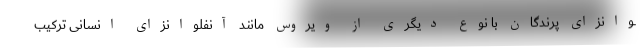
ـوانزای پرندگان با نوع دیگری از ویروس مانند آنفلوانزای انسانی ترکیب